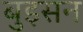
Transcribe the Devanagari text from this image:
बुइसन